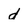
Character: d